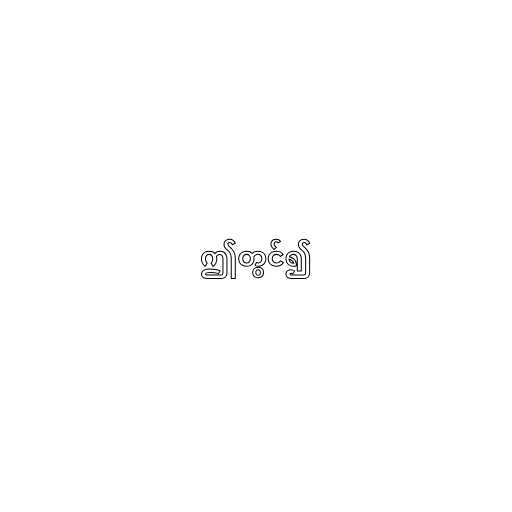
ဤတွင်၍